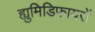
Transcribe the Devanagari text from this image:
ह्युमिडिफायरों